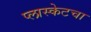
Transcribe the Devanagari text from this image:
प्लास्केटचा